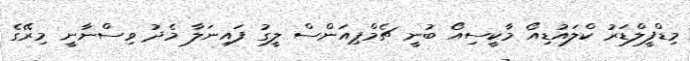
މިޑްފީލްޑަރު ކްލައުޑިއޯ މާކީސިއޯ ބުނީ ޗެމްޕިއަންސް ލީގު ފައިނަލާ މެދު ވިސްނާނީ މިރޭގެ